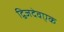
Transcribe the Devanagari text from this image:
द्विजदेवएक